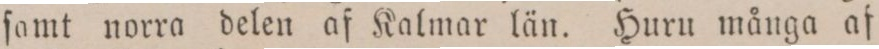
ſamt norra delen af Kalmar län. Huru många af